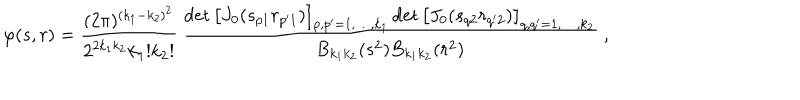
\varphi ( s , r ) = \frac { ( 2 \pi ) ^ { ( k _ { 1 } - k _ { 2 } ) ^ { 2 } } } { 2 ^ { 2 k _ { 1 } k _ { 2 } } k _ { 1 } ! k _ { 2 } ! } \, \frac { \det \left[ J _ { 0 } ( s _ { p 1 } r _ { p ^ { \prime } 1 } ) \right] _ { p , p ^ { \prime } = 1 , \ldots , k _ { 1 } } \det \left[ J _ { 0 } ( s _ { q 2 } r _ { q ^ { \prime } 2 } ) \right] _ { q , q ^ { \prime } = 1 , \ldots , k _ { 2 } } } { B _ { k _ { 1 } k _ { 2 } } ( s ^ { 2 } ) B _ { k _ { 1 } k _ { 2 } } ( r ^ { 2 } ) } \ ,